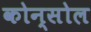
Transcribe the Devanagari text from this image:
कोन्सोल